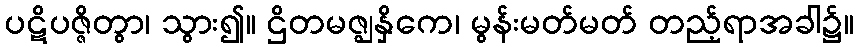
ပဋိပဇ္ဇိတွာ၊ သွား၍။ ဌိတမဇ္ဈနှိကေ၊ မွန်းမတ်မတ် တည့်ရာအခါ၌။